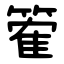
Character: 篧